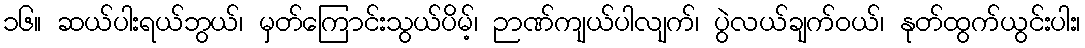
၁၆။ ဆယ်ပါးရယ်ဘွယ်၊ မှတ်ကြောင်းသွယ်ပိမ့်၊ ဉာဏ်ကျယ်ပါလျက်၊ ပွဲလယ်ချက်ဝယ်၊ နုတ်ထွက်ယွင်းပါး၊